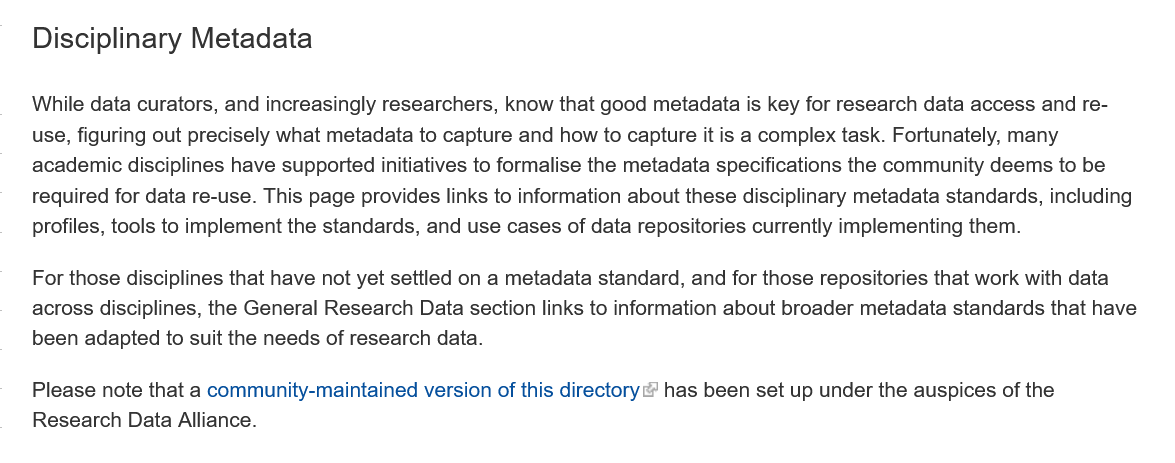
Disciplinary   Metadata
    While data curators, and increasingly researchers, know that good metadata is key for research data access and re-
    use, figuring out precisely what metadata to capture and how to capture it is a complex task. Fortunately, many
    academic disciplines have supported initiatives to formalise the metadata specifications the community deems to be
    required for data re-use. This page provides links to information about these disciplinary metadata standards, including
    profiles, tools to implement the standards, and use cases of data repositories currently implementing them.
    For those disciplines that have not yet settled on a metadata standard, and for those repositories that work with data
    across disciplines, the General Research Data section links to information about broader metadata standards that have
    been adapted to suit the needs of research data.
    Please note that a community-maintained version of this directory has been set up under the auspices of the
    Research Data Alliance.